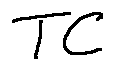
T C